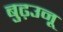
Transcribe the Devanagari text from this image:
बुढ़उनू